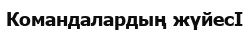
Командалардың жүйесӀ